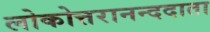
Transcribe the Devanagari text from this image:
लोकोत्तरानन्ददाता